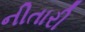
નીતારી